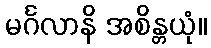
မင်္ဂလာနိ အစိန္တယုံ။